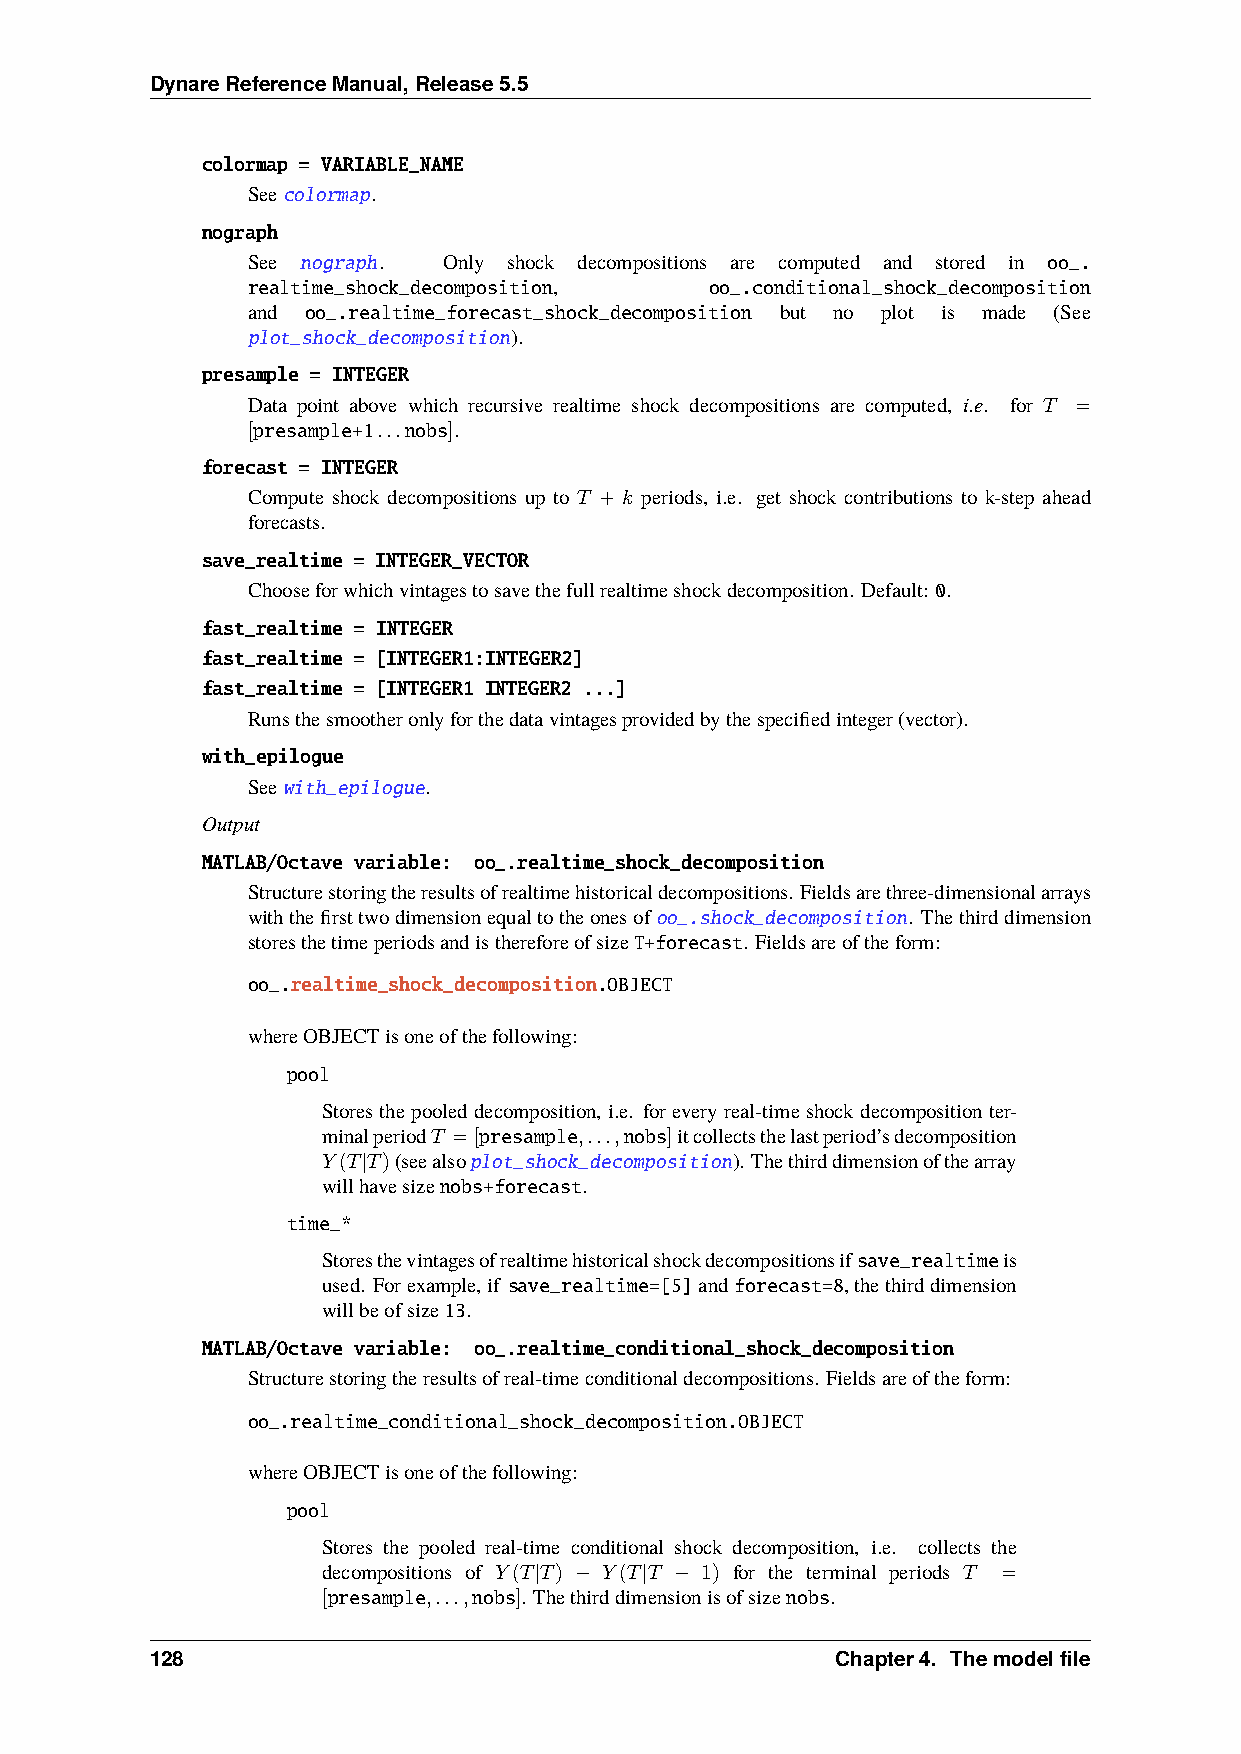
DynareReferenceManual,Release5.5
 colormap = VARIABLE_NAME
 Seecolormap.
 nograph
 See nograph. Only shock decompositions are computed and stored in oo_.
 realtime_shock_decomposition,  oo_.conditional_shock_decomposition
 and oo_.realtime_forecast_shock_decomposition but no plot is made (See
 plot_shock_decomposition).
 presample = INTEGER
 Data point above which recursive realtime shock decompositions are computed, i.e. for 𝑇 =
 [presample+1...nobs].
 forecast = INTEGER
 Compute shock decompositions up to 𝑇 + 𝑘 periods, i.e. get shock contributions to k-step ahead
 forecasts.
 save_realtime = INTEGER_VECTOR
 Chooseforwhichvintagestosavethefullrealtimeshockdecomposition. Default: 0.
 fast_realtime = INTEGER
 fast_realtime = [INTEGER1:INTEGER2]
 fast_realtime = [INTEGER1 INTEGER2 ...]
 Runsthesmootheronlyforthedatavintagesprovidedbythespecifiedinteger(vector).
 with_epilogue
 Seewith_epilogue.
 Output
 MATLAB/Octave variable: oo_.realtime_shock_decomposition
 Structurestoringtheresultsofrealtimehistoricaldecompositions. Fieldsarethree-dimensionalarrays
 withthefirsttwodimensionequaltotheonesofoo_.shock_decomposition. Thethirddimension
 storesthetimeperiodsandisthereforeofsizeT+forecast. Fieldsareoftheform:
 oo_.realtime_shock_decomposition.OBJECT
 whereOBJECTisoneofthefollowing:
 pool
 Storesthepooled decomposition, i.e. foreveryreal-time shockdecompositionter-
 minalperiod𝑇 =[presample,...,nobs]itcollectsthelastperiod’sdecomposition
 𝑌(𝑇|𝑇)(seealsoplot_shock_decomposition). Thethirddimensionofthearray
 willhavesizenobs+forecast.
 time_*
 Storesthevintagesofrealtimehistoricalshockdecompositionsifsave_realtimeis
 used. Forexample,if save_realtime=[5]andforecast=8,thethirddimension
 willbeofsize13.
 MATLAB/Octave variable: oo_.realtime_conditional_shock_decomposition
 Structurestoringtheresultsofreal-timeconditionaldecompositions. Fieldsareoftheform:
 oo_.realtime_conditional_shock_decomposition.OBJECT
 whereOBJECTisoneofthefollowing:
 pool
 Stores the pooled real-time conditional shock decomposition, i.e. collects the
 decompositions of 𝑌(𝑇|𝑇) − 𝑌(𝑇|𝑇 − 1) for the terminal periods 𝑇 =
 [presample,...,nobs]. Thethirddimensionisofsizenobs.
 128                                          Chapter4. Themodelfile